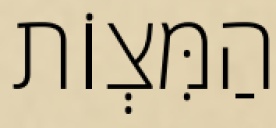
הַמִּצְוֹת